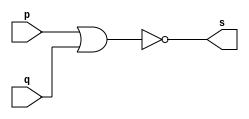
// ------------------------- 
// Exemplo0007 - NOR 
// Nome: Lus Vasconcelos Dias 
// ------------------------- 

// ------------------------- 
// -- nor gate 
// ------------------------- 
	module norgate ( output s, input p, q); 
	assign s = ~(p | q); 
	endmodule // norgate 
	
// --------------------- 
// -- test nor gate 
// --------------------- 
	module testnorgate; 
// ------------------------- dados locais 
	reg a, b; // definir registradores 
	wire s; // definir conexao (fio) 
// ------------------------- instancia 
	norgate NOR1 (s, a, b); 
// ------------------------- preparacao 
	initial begin:start 
		a=0; b=0; 
	end 
// ------------------------- parte principal 
	initial begin 
		$display("Exemplo0007 - Lus Vasconcelos Dias - 412753"); 
		$display("Test NOR gate"); 
		$display("\na ~| b = s\n"); 
		a=0; b=0; 
	#1 $display("%b ~| %b = %b", a, b, s); 
		a=0; b=1; 
	#1 $display("%b ~| %b = %b", a, b, s); 
		a=1; b=0; 
	#1 $display("%b ~| %b = %b", a, b, s); 
		a=1; b=1; 
	#1 $display("%b ~| %b = %b", a, b, s); 
	end 

endmodule // testnorgate 

// ------------------------- testes

/*
 Test NOR gate
 
 a ~| b = s
 
 0 ~| 0 = 1
 0 ~| 1 = 0
 1 ~| 0 = 0
 1 ~| 1 = 0
*/